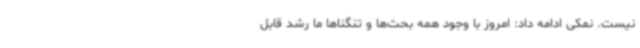
نیست. نمکی ادامه داد: امروز با وجود همه بحث‌ها و تنگناها ما رشد قابل